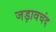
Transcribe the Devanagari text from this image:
जड़ावचंद